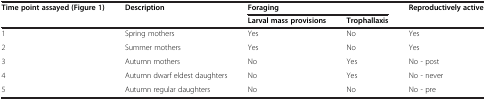
| <ROWSPAN=2> Time point assayed (Figure1) | Description | <COLSPAN=2> Foraging | Reproductively active |
 |  | Larval mass provisions | Trophallaxis |  |
 | --- | --- | --- | --- | --- |
 | 1 | Spring mothers | Yes | No | Yes |
 | 2 | Summer mothers | Yes | No | Yes |
 | 3 | Autumn mothers | No | Yes | No - post |
 | 4 | Autumn dwarf eldest daughters | No | Yes | No - never |
 | 5 | Autumn regular daughters | No | No | No - pre |